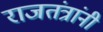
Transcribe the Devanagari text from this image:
राजतंत्रांनी